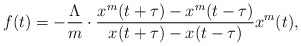
\begin{align*}f(t)=-\frac{\Lambda}{m}\cdot\frac{x^m(t+\tau)-x^m(t-\tau)}{x(t+\tau)-x(t-\tau)}x^m(t),\end{align*}